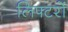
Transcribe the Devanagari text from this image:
लिफ्टरों